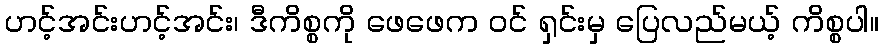
ဟင့်အင်းဟင့်အင်း၊ ဒီကိစ္စကို ဖေဖေက ဝင် ရှင်းမှ ပြေလည်မယ့် ကိစ္စပါ။